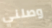
وصلني